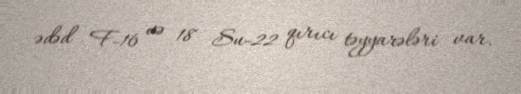
ədəd F-16 və 18 Su-22 qırıcı təyyarələri var.